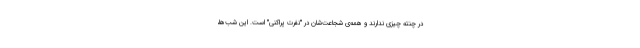
در چنته چیزی ندارند و همه‌ی شجاعت‌شان در "نفرت پراکنی" است. این شب‌ها،